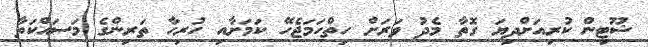
ޝޫޓިން ކުރިއަށްދިޔަ ގޮތާ މެދު ވަރަށް ހިތްހަމަޖެހޭ ކަމަށާއި ހުރިހާ ތަރިންގެ މަސައްކަތާ